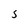
Character: S